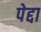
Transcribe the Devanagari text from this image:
पेद्दा